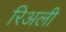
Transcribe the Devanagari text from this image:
रिअली